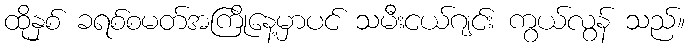
ထိုနှစ် ခရစ်စမတ်အကြိုနေ့မှာပင် သမီးငယ်ဂျင်း ကွယ်လွန် သည်။